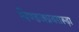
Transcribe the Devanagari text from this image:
पिण्डजप्रवरारूढ़ा